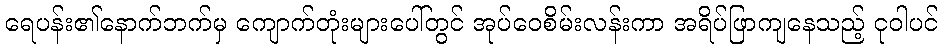
ရေပန်း၏နောက်ဘက်မှ ကျောက်တုံးများပေါ်တွင် အုပ်ဝေစိမ်းလန်းကာ အရိပ်ဖြာကျနေသည့် ငုဝါပင်